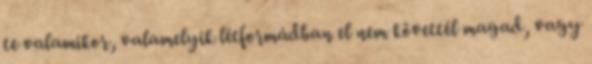
te valamikor, valamelyik létformádban el nem követtél magad, vagy